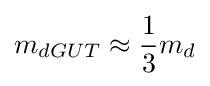
m_{dGUT}\approx {\frac {1}{3}}m_{d}